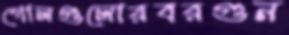
গোলগুলোরবরগুন